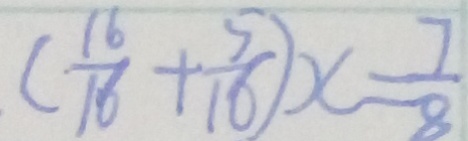
( \frac { 1 6 } { 1 6 } + \frac { 5 } { 1 6 } ) x = \frac { 7 } { 8 }